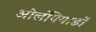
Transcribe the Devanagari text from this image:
ओलंपियाडों